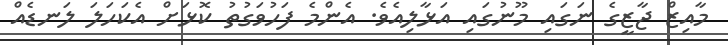
މާއިޒް ޖާޒީގެ ނަގައި މޫނުގައި އަޅާލިއެވެ. އެންމެ ފަހުވަގުތު ކޮޅަށް އެކަހަލަ ލަނޑެއް